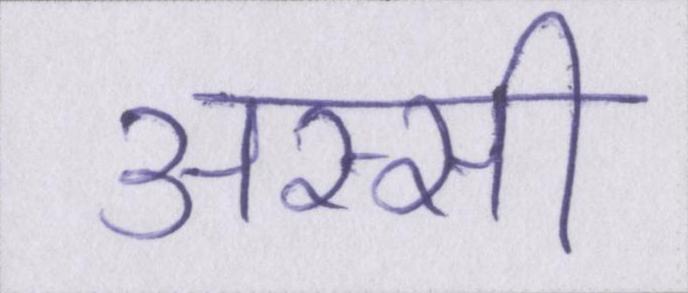
अस्सी